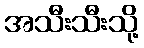
အသီးသီးသို့